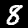
Digit: 8